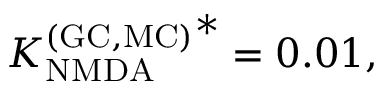
{ K _ { \mathrm { N M D A } } ^ { \mathrm { ( G C , M C ) } } } ^ { * } = 0 . 0 1 ,